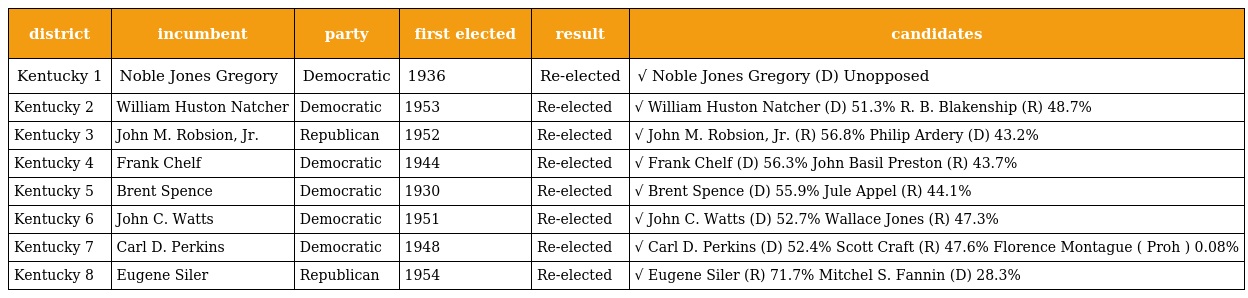
| district | incumbent | party | first elected | result | candidates |
 | --- | --- | --- | --- | --- | --- |
 | Kentucky 1 | Noble Jones Gregory | Democratic | 1936 | Re-elected | √ Noble Jones Gregory (D) Unopposed |
 | Kentucky 2 | William Huston Natcher | Democratic | 1953 | Re-elected | √ William Huston Natcher (D) 51.3% R. B. Blakenship (R) 48.7% |
 | Kentucky 3 | John M. Robsion, Jr. | Republican | 1952 | Re-elected | √ John M. Robsion, Jr. (R) 56.8% Philip Ardery (D) 43.2% |
 | Kentucky 4 | Frank Chelf | Democratic | 1944 | Re-elected | √ Frank Chelf (D) 56.3% John Basil Preston (R) 43.7% |
 | Kentucky 5 | Brent Spence | Democratic | 1930 | Re-elected | √ Brent Spence (D) 55.9% Jule Appel (R) 44.1% |
 | Kentucky 6 | John C. Watts | Democratic | 1951 | Re-elected | √ John C. Watts (D) 52.7% Wallace Jones (R) 47.3% |
 | Kentucky 7 | Carl D. Perkins | Democratic | 1948 | Re-elected | √ Carl D. Perkins (D) 52.4% Scott Craft (R) 47.6% Florence Montague ( Proh ) 0.08% |
 | Kentucky 8 | Eugene Siler | Republican | 1954 | Re-elected | √ Eugene Siler (R) 71.7% Mitchel S. Fannin (D) 28.3% |